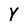
Character: Y